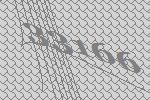
33166